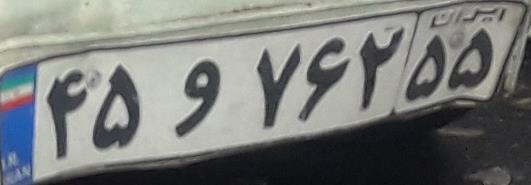
۴۵و۷۶۲۵۵